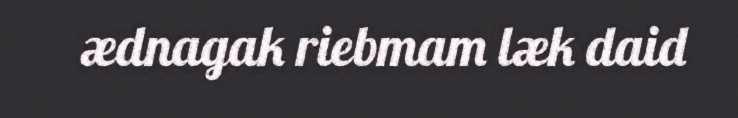
ædnagak riebmam læk daid